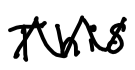
Text: This
Cross-out: zig-zag
Writing tool: digital_black